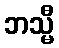
ဘသ္မီ